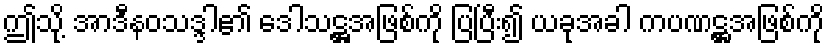
ဤသို့ အာဒီနဝသဒ္ဒါ၏ ဒေါသဋ္ဌအဖြစ်ကို ပြပြီး၍ ယခုအခါ ကပဏဋ္ဌအဖြစ်ကို